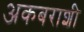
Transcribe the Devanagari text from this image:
अकबराशी